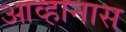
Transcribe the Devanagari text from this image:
आव्हानास